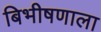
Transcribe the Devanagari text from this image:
बिभीषणाला